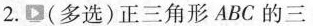
2.(多选)正三角形ABC的三